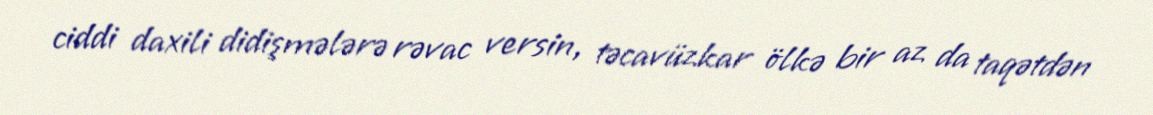
ciddi daxili didişmələrə rəvac versin, təcavüzkar ölkə bir az da taqətdən